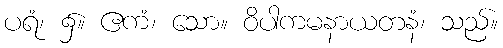
ပရံ၊ ၌။ ဧကံ၊ သော။ ဝိပါကမနာယတနံ၊ သည်။